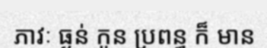
ភាវៈ ធ្ងន់ កូន ប្រពន្ធ ក៏ មាន